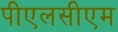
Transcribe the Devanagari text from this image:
पीएलसीएम